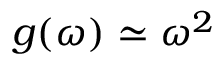
g ( \omega ) \simeq \omega ^ { 2 }